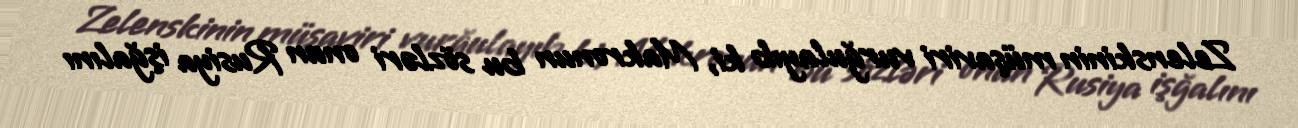
Zelenskinin müşaviri vurğulayıb ki, Makronun bu sözləri onun Rusiya işğalını